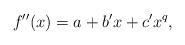
LaTeX: \begin{align*}f''(x) = a+b'x+c'x^q,\end{align*}